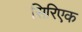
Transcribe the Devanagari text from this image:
सिरिएक